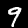
Label: 9